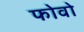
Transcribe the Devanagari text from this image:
फोवो